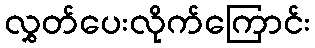
လွှတ်ပေးလိုက်ကြောင်း